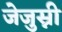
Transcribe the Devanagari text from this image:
जेजुस्नी